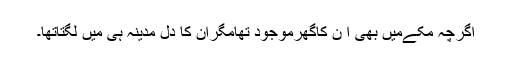
اگرچہ مکےمیں بھی ا ن کاگھرموجود تھامگران کا دل مدینہ ہی میں لگتاتھا۔